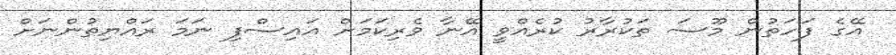
އޭގެ ފަހަތުން މޫސަ ތަކުރާރު ކުރެއްވީ އޭނާ ވެރިކަމަށް އައިސްފި ނަމަ ރައްޔިތުންނަށް